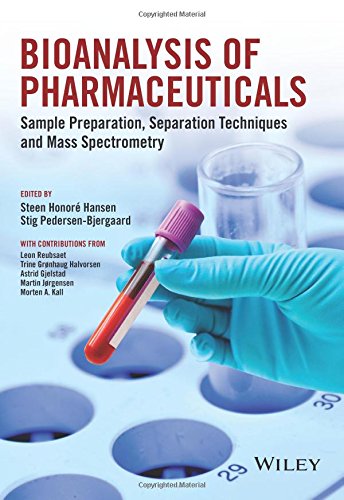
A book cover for Bioanalysis of Pharmaceuticals: Sample Preparation, Separation Techniques and Mass Spectrometry; Medical Books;